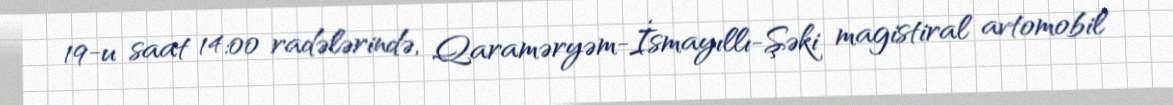
19-u saat 14:00 radələrində, Qaraməryəm-İsmayıllı-Şəki magistiral avtomobil